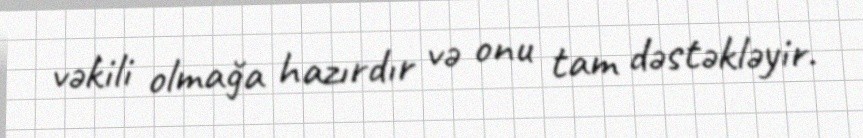
vəkili olmağa hazırdır və onu tam dəstəkləyir.